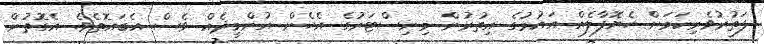
ފަތުރުވެރިކަމަށް ހެޔޮފާލެއް އައުމުގެ އިތުރުން މިނިސްޓަރުގެ އެހެން އުންމީދެއް ވެސް އެބައޮތެވެ. އެގޮތުން